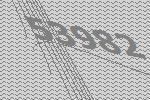
53982